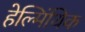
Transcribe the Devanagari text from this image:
हेल्मिंथिक